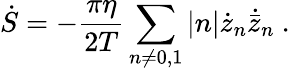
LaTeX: \dot{S}=-{\frac{\pi\eta}{2T}}\sum_{n\neq 0,1}|n|\dot{z}_{n}\dot{\bar{z}}_{n}\ .